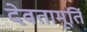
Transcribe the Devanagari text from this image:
देवतामूर्ति